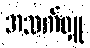
အသက်ရှူ